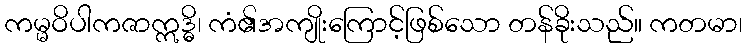
ကမ္မဝိပါကဇာဣဒ္ဓိ၊ ကံ၏အကျိုးကြောင့်ဖြစ်သော တန်ခိုးသည်။ ကတမာ၊